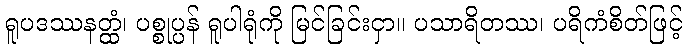
ရူပဒဿနတ္ထံ၊ ပစ္စုပ္ပန် ရူပါရုံကို မြင်ခြင်းငှာ။ ပသာရိတဿ၊ ပရိကံစိတ်ဖြင့်